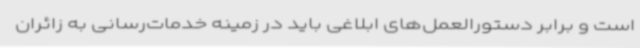
است و برابر دستورالعمل‌های ابلاغی باید در زمینه خدمات‌رسانی به زائران